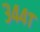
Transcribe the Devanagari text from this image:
३४४१